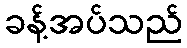
ခန့်အပ်သည်